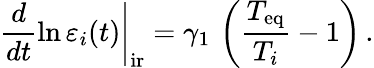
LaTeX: \left.\frac{d}{dt}\ln\varepsilon_{i}(t)\right|_{\mathrm{ir}}=\gamma_{1}\, \left(\frac{T_{\mathrm{eq}}}{T_{i}}-1\right)\, .